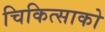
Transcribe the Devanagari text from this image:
चिकित्‍साको